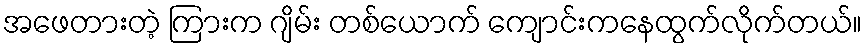
အဖေတားတဲ့ ကြားက ဂျိမ်း တစ်ယောက် ကျောင်းကနေထွက်လိုက်တယ်။